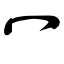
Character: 冖